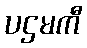
ပဌမကီ